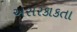
અસરકાકતા